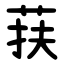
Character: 荴